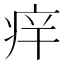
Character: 𱱏